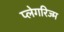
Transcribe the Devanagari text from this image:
प्लेगरिज्म